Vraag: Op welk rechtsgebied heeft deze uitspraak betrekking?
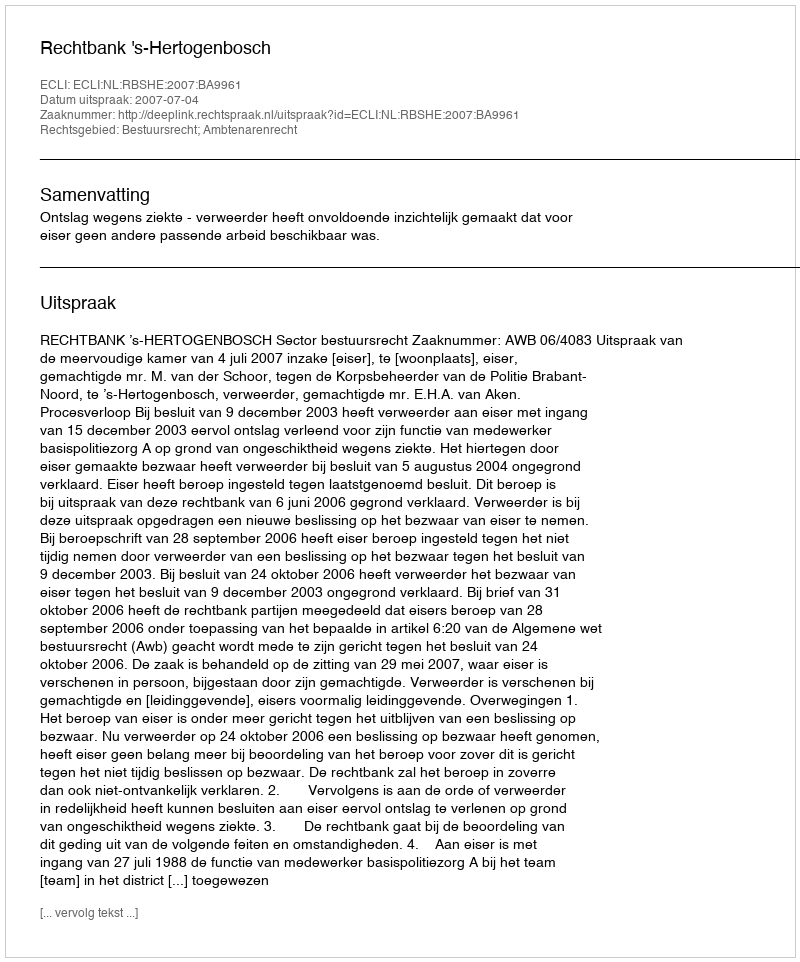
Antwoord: Bestuursrecht; Ambtenarenrecht